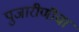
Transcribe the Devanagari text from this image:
पुजारीणीचा